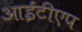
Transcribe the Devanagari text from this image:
आईटीएप